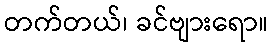
တက်တယ်၊ ခင်ဗျားရော။